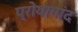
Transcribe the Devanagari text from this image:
प्रोयागांद